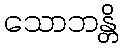
သောဘန္တိ